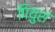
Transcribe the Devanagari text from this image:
पियुश